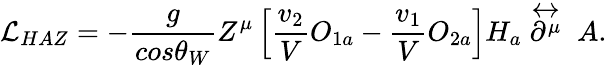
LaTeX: {\cal L}_{HAZ}=-\frac{g}{cos\theta_{W}}Z^{\mu}\left[\frac{v_{2}}{V}O_{1a}-\frac{v_{1}}{V}O_{2a}\right]H_{a}\stackrel{\leftrightarrow}{\partial^{\mu}}\; A.